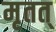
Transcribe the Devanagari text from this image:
मृतत्